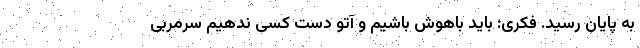
به پایان رسید. فکری: باید باهوش باشیم و آتو دست کسی ندهیم سرمربی